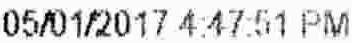
05/01/2017 4:47:51 PM